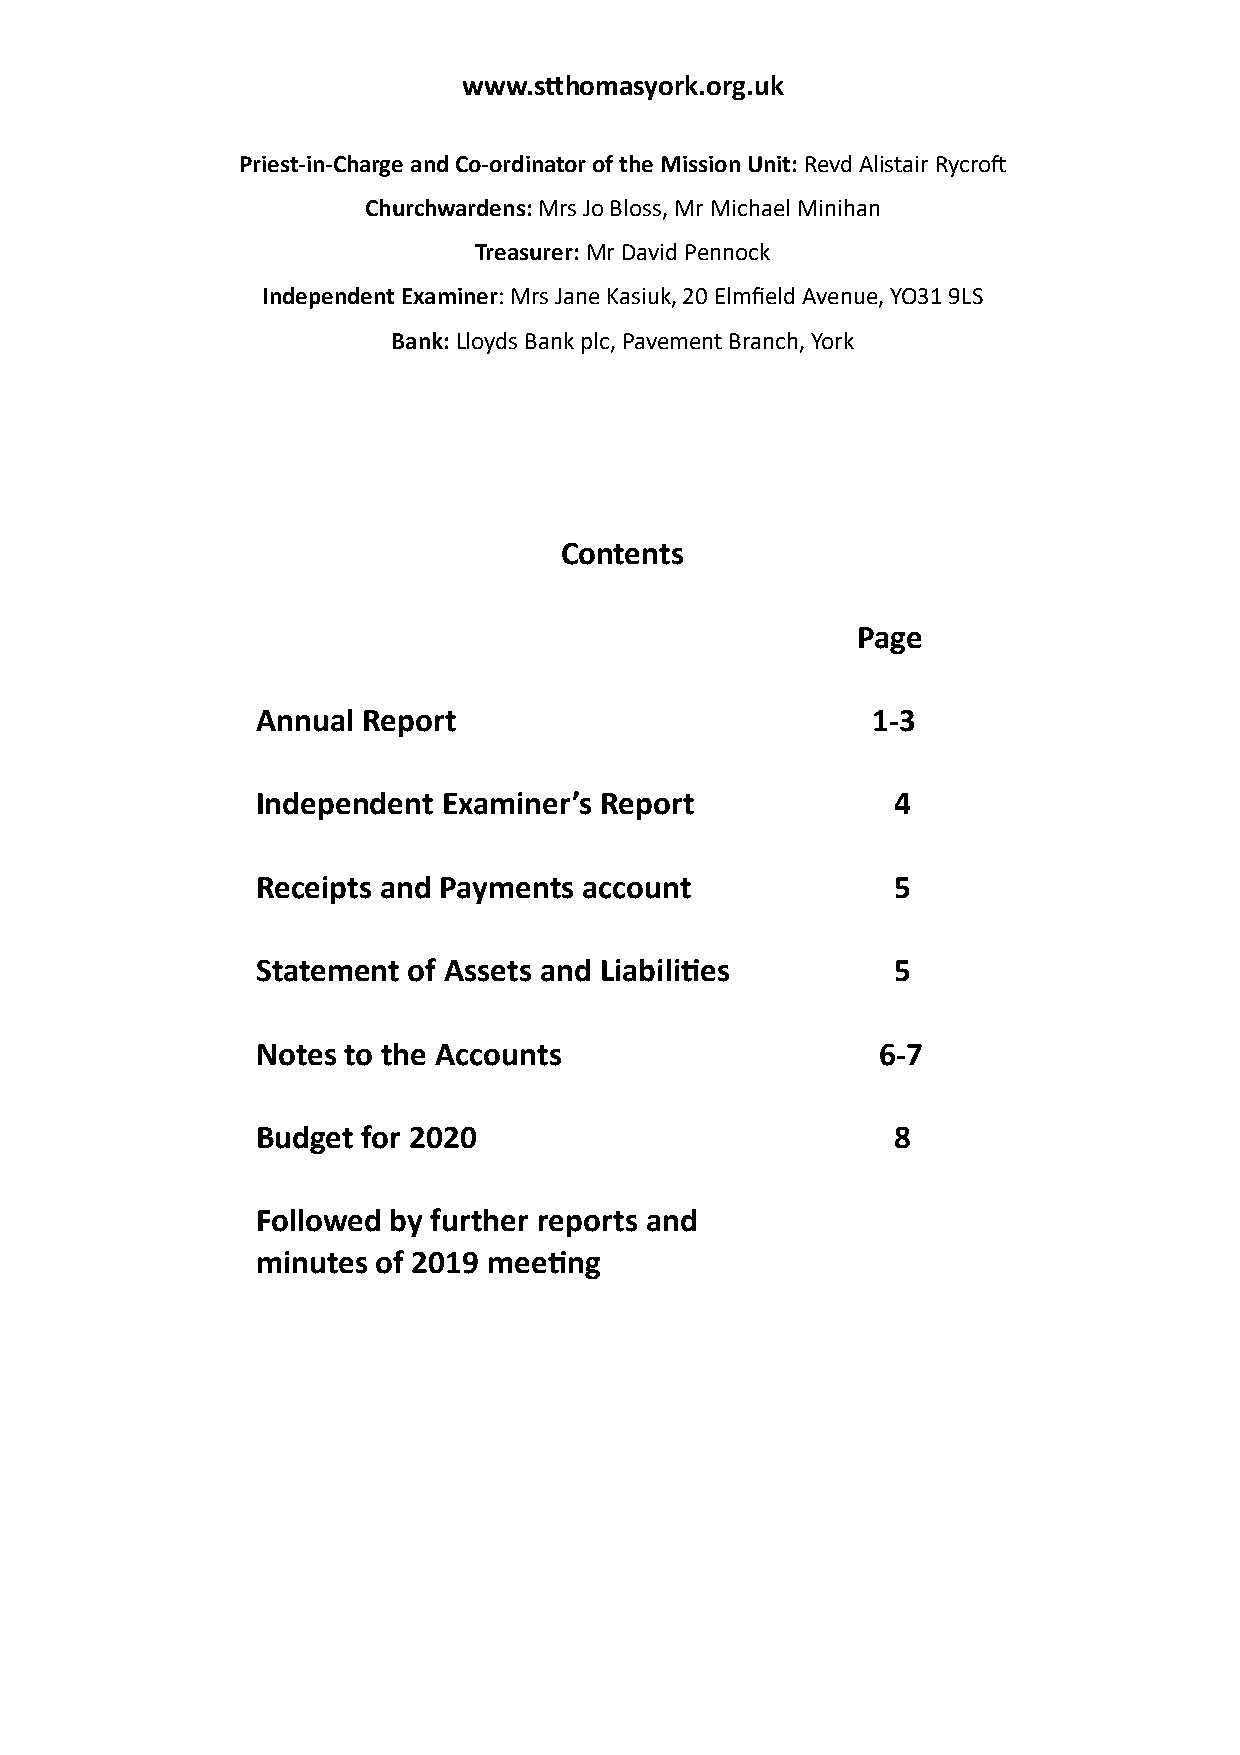
www.sChomasyork.org.uk
 Priest-in-Charge and Co-ordinator of the Mission Unit: Revd Alistair RycroA
 Churchwardens: Mrs Jo Bloss, Mr Michael Minihan
 Treasurer: Mr David Pennock
 Independent Examiner: Mrs Jane Kasiuk, 20 Elmfield Avenue, YO31 9LS
 Bank: Lloyds Bank plc, Pavement Branch, York
 Contents
 Page
 Annual Report                            1-3
 Independent Examiner’s Report             4
 Receipts and Payments account             5
 Statement of Assets and LiabiliRes        5
 Notes to the Accounts                    6-7
 Budget for 2020                           8
 Followed by further reports and
 minutes of 2019 meeRng